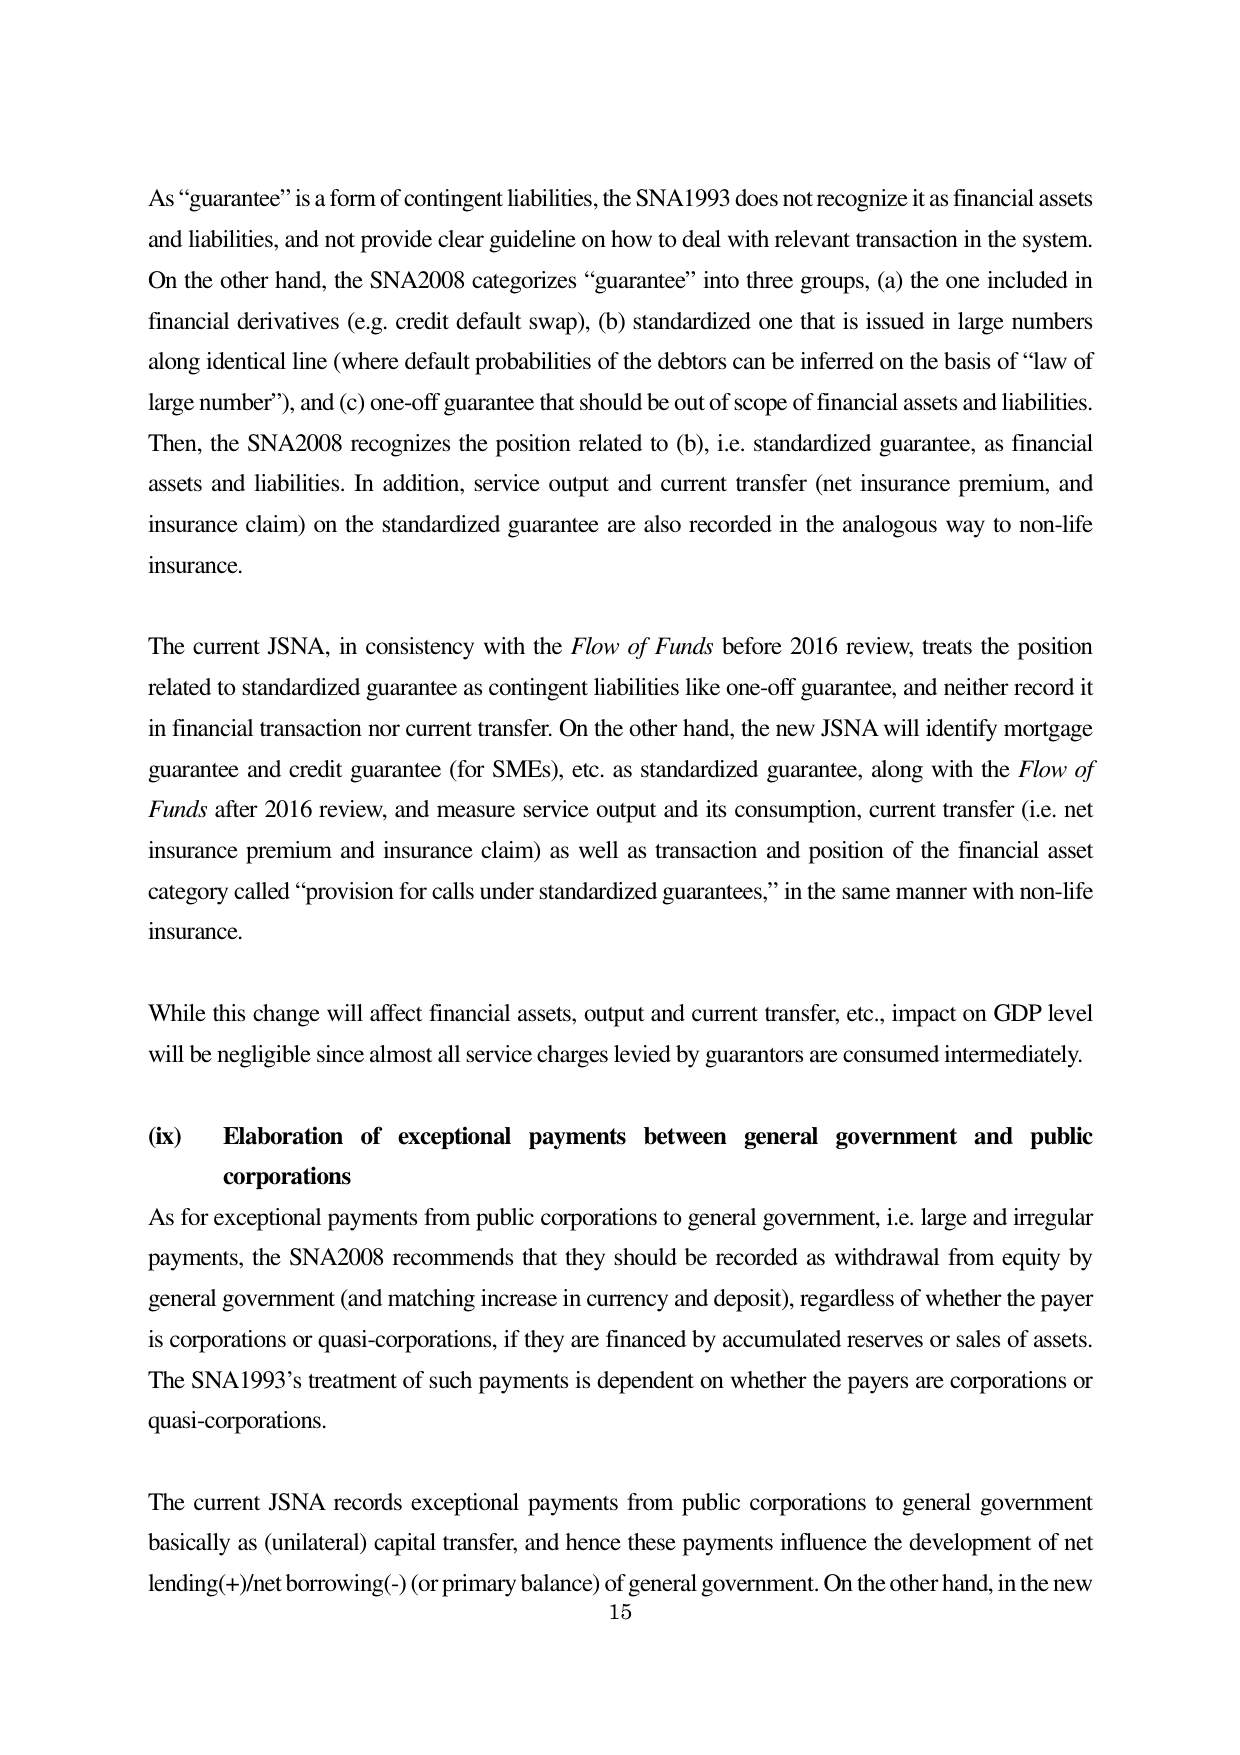
As “guarantee” is a form of contingent liabilities, the SNA1993 does not recognize it as financial assets and liabilities, and not provide clear guideline on how to deal with relevant transaction in the system. On the other hand, the SNA2008 categorizes “guarantee” into three groups, (a) the one included in financial derivatives (e.g. credit default swap), (b) standardized one that is issued in large numbers along identical line (where default probabilities of the debtors can be inferred on the basis of “law of large number”), and (c) one-off guarantee that should be out of scope of financial assets and liabilities. Then, the SNA2008 recognizes the position related to (b), i.e. standardized guarantee, as financial assets and liabilities. In addition, service output and current transfer (net insurance premium, and insurance claim) on the standardized guarantee are also recorded in the analogous way to non-life insurance.

The current JSNA, in consistency with the Flow of Funds before 2016 review, treats the position related to standardized guarantee as contingent liabilities like one-off guarantee, and neither record it in financial transaction nor current transfer. On the other hand, the new JSNA will identify mortgage guarantee and credit guarantee (for SMEs), etc. as standardized guarantee, along with the Flow of Funds after 2016 review, and measure service output and its consumption, current transfer (i.e. net insurance premium and insurance claim) as well as transaction and position of the financial asset category called “provision for calls under standardized guarantees,” in the same manner with non-life insurance.

While this change will affect financial assets, output and current transfer, etc., impact on GDP level will be negligible since almost all service charges levied by guarantors are consumed intermediately.

(ix) Elaboration of exceptional payments between general government and public corporations

As for exceptional payments from public corporations to general government, i.e. large and irregular payments, the SNA2008 recommends that they should be recorded as withdrawal from equity by general government (and matching increase in currency and deposit), regardless of whether the payer is corporations or quasi-corporations, if they are financed by accumulated reserves or sales of assets. The SNA1993’s treatment of such payments is dependent on whether the payers are corporations or quasi-corporations.

The current JSNA records exceptional payments from public corporations to general government basically as (unilateral) capital transfer, and hence these payments influence the development of net lending(+)/net borrowing(-) (or primary balance) of general government. On the other hand, in the new

15